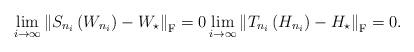
LaTeX: \begin{align*}\lim_{i\to \infty} \left\| S_{n_i} \left(W_{n_i} \right) - W_\star \right\|_{\mathrm{F}} = 0 \lim_{i\to \infty} \left\| T_{n_i} \left(H_{n_i} \right) - H_\star \right\|_{\mathrm{F}} = 0.\end{align*}